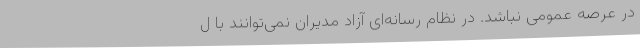
در عرصه عمومی نباشد. در نظام رسانه‌ای آزاد مدیران نمی‌توانند با ل